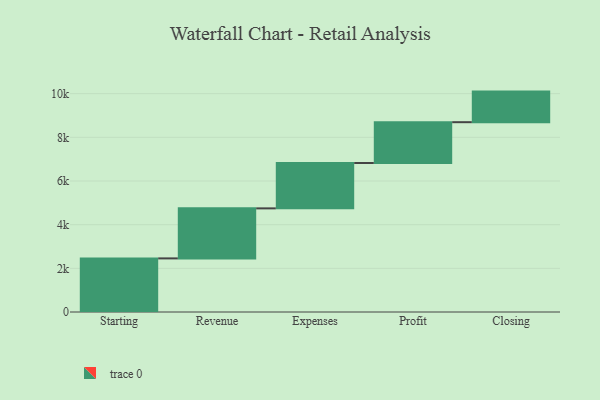
{"axis": {"x": "Step", "y": "Value"}, "legend": [""], "data": [{"x": "Starting", "y": 2455.0, "type": ""}, {"x": "Revenue", "y": 2291.0, "type": ""}, {"x": "Expenses", "y": 2077.0, "type": ""}, {"x": "Profit", "y": 1870.0, "type": ""}, {"x": "Closing", "y": 1401.0, "type": ""}]}